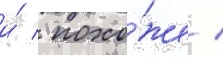
и́ / похо́же /